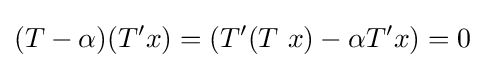
(T-\alpha )(T'x)=(T'(T~x)-\alpha T'x)=0